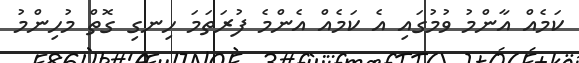
ކަމެއް އާންމު ވުމުގައި އެ ކަމެއް އެންމެ ފުރަތަމަ ހިނގި ގޮތް މުހިންމު